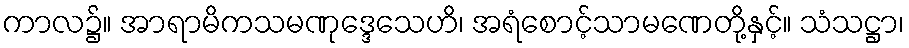
ကာလ၌။ အာရာမိကသမဏုဒ္ဒေသေဟိ၊ အရံစောင့်သာမဏေတို့နှင့်။ သံသဋ္ဌာ၊